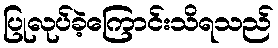
ပြုလုပ်ခဲ့ကြောင်းသိရသည်